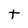
Character: t